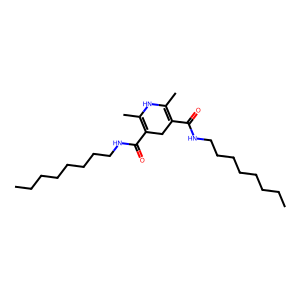
SMILES: CCCCCCCCNC(=O)C1=C(C)NC(C)=C(C(=O)NCCCCCCCC)C1
Inhibits HIV replication: No